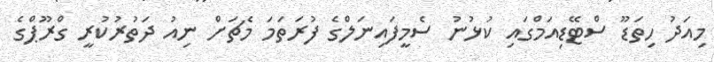
މިއަދު ހިތަޑޫ ސްޓޭޑިއަމްގައި ކުޅުނު ސެމީފައިނަލްގެ ފުރަތަމަ މެޗަށް ނިއު ދަތުރުކުރީ ގްރޫޕްގެ